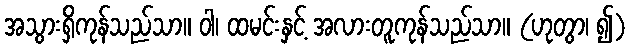
အသွားရှိကုန်သည်သာ။ ဝါ၊ ထမင်းနှင့် အလားတူကုန်သည်သာ။ (ဟုတွာ၊ ၍)